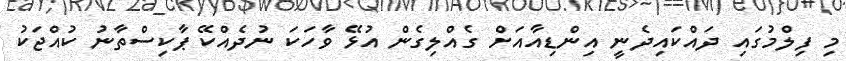
މި ފިލްމުގައި ދައްކައިދެނީ އިންޑިއާއަށް ގެއްލިގެން އުޅޭ ވާހަކަ ނުދެއްކޭ ޕާކިސްތާނު ކުއްޖަކު